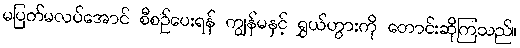
မပြတ်မလပ်အောင် စီစဉ်ပေးရန် ကျွန်မနှင့် ရွှယ်ဟွားကို တောင်းဆိုကြသည်။